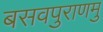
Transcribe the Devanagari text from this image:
बसवपुराणमु